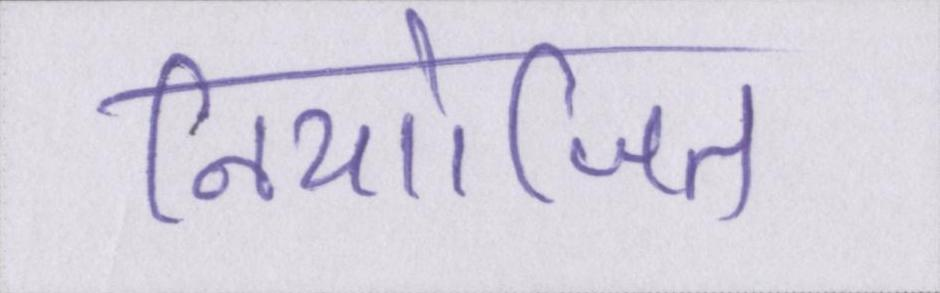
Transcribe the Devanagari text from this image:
नियोजित